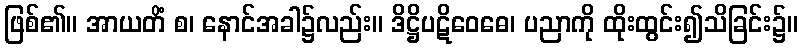
ဖြစ်၏။ အာယတိံ စ၊ နောင်အခါ၌လည်း။ ဒိဋ္ဌိပဋိဝေဓေ၊ ပညာကို ထိုးထွင်း၍သိခြင်း၌။